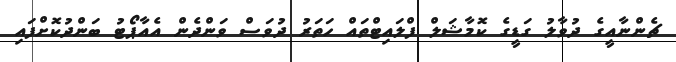
ޗެންނާއީގެ ދުވާލު ގަޑީގެ ކޮމާޝަލް ފްލައިޓްތައް ހަތަރު ދުވަސް ވަންދެން އެއާޕޯޓު ބަންދުކޮށްފައި